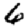
Digit: 6